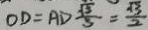
O D = A D \frac { \sqrt { 3 } } { 3 } = \frac { \sqrt { 3 } } { 2 }